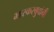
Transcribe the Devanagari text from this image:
भास्करबुवांची